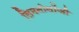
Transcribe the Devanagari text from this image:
लिमनोलॉजी